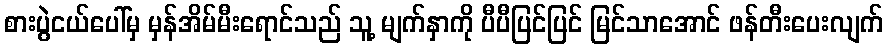
စားပွဲငယ်ပေါ်မှ မှန်အိမ်မီးရောင်သည် သူ့ မျက်နှာကို ပီပီပြင်ပြင် မြင်သာအောင် ဖန်တီးပေးလျက်